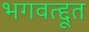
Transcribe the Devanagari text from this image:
भगवत्द्दूत